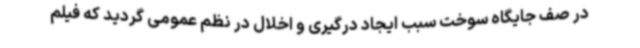
در صف جایگاه سوخت سبب ایجاد درگیری و اخلال در نظم عمومی گردید که فیلم